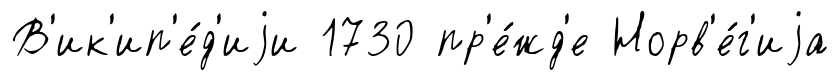
В'ик'ип'е́д'иjи 1730 пр'е́жд'е Норв'е́г'иjа